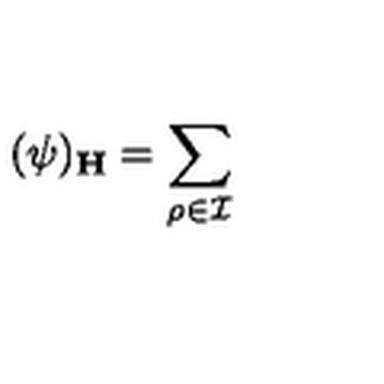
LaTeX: ( \psi ) _ { \bf H } = \sum _ { \rho \in { \cal I } }